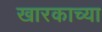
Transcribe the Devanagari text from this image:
खारकाच्या